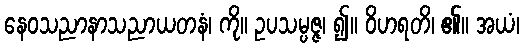
နေဝသညာနာသညာယတနံ၊ ကို။ ဥပသမ္ပဇ္ဇ၊ ၍။ ဝိဟရတိ၊ ၏။ အယံ၊